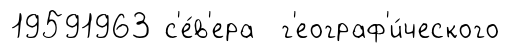
19591963 с'е́в'ера г'еограф'и́ческого